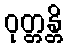
ဝုတ္တန္တိ